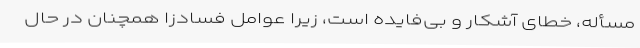
مسأله، خطای آشکار و بی‌فایده است، زیرا عوامل فسادزا همچنان در حال